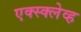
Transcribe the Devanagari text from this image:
एक्स्क्लेव्ह